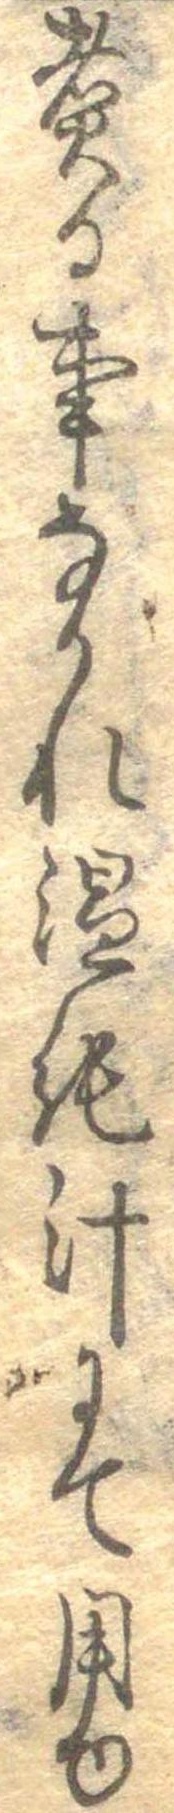
煮る事なかれ温飩汁にて用ゆ